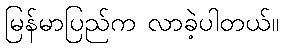
မြန်မာပြည်က လာခဲ့ပါတယ်။